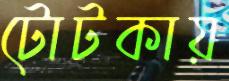
টোটকায়